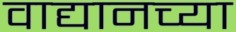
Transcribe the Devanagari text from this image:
वाद्यानच्या